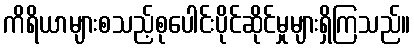
ကိရိယာများစသည့်စုပေါင်းပိုင်ဆိုင်မှုများရှိကြသည်။